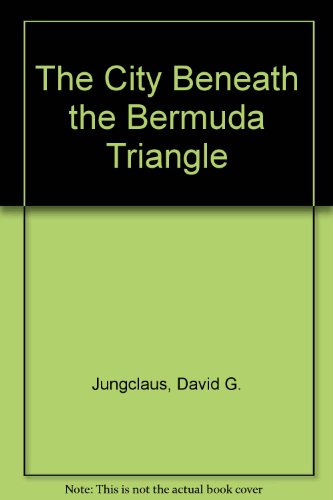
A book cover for The City Beneath the Bermuda Triangle; David G. Jungclaus; Travel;